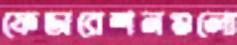
ফেডারেশনগুলো